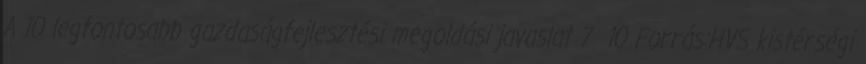
A 10 legfontosabb gazdaságfejlesztési megoldási javaslat 7 10 Forrás:HVS kistérségi